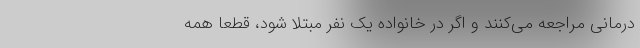
درمانی مراجعه می‌کنند و اگر در خانواده یک نفر مبتلا شود، قطعا همه